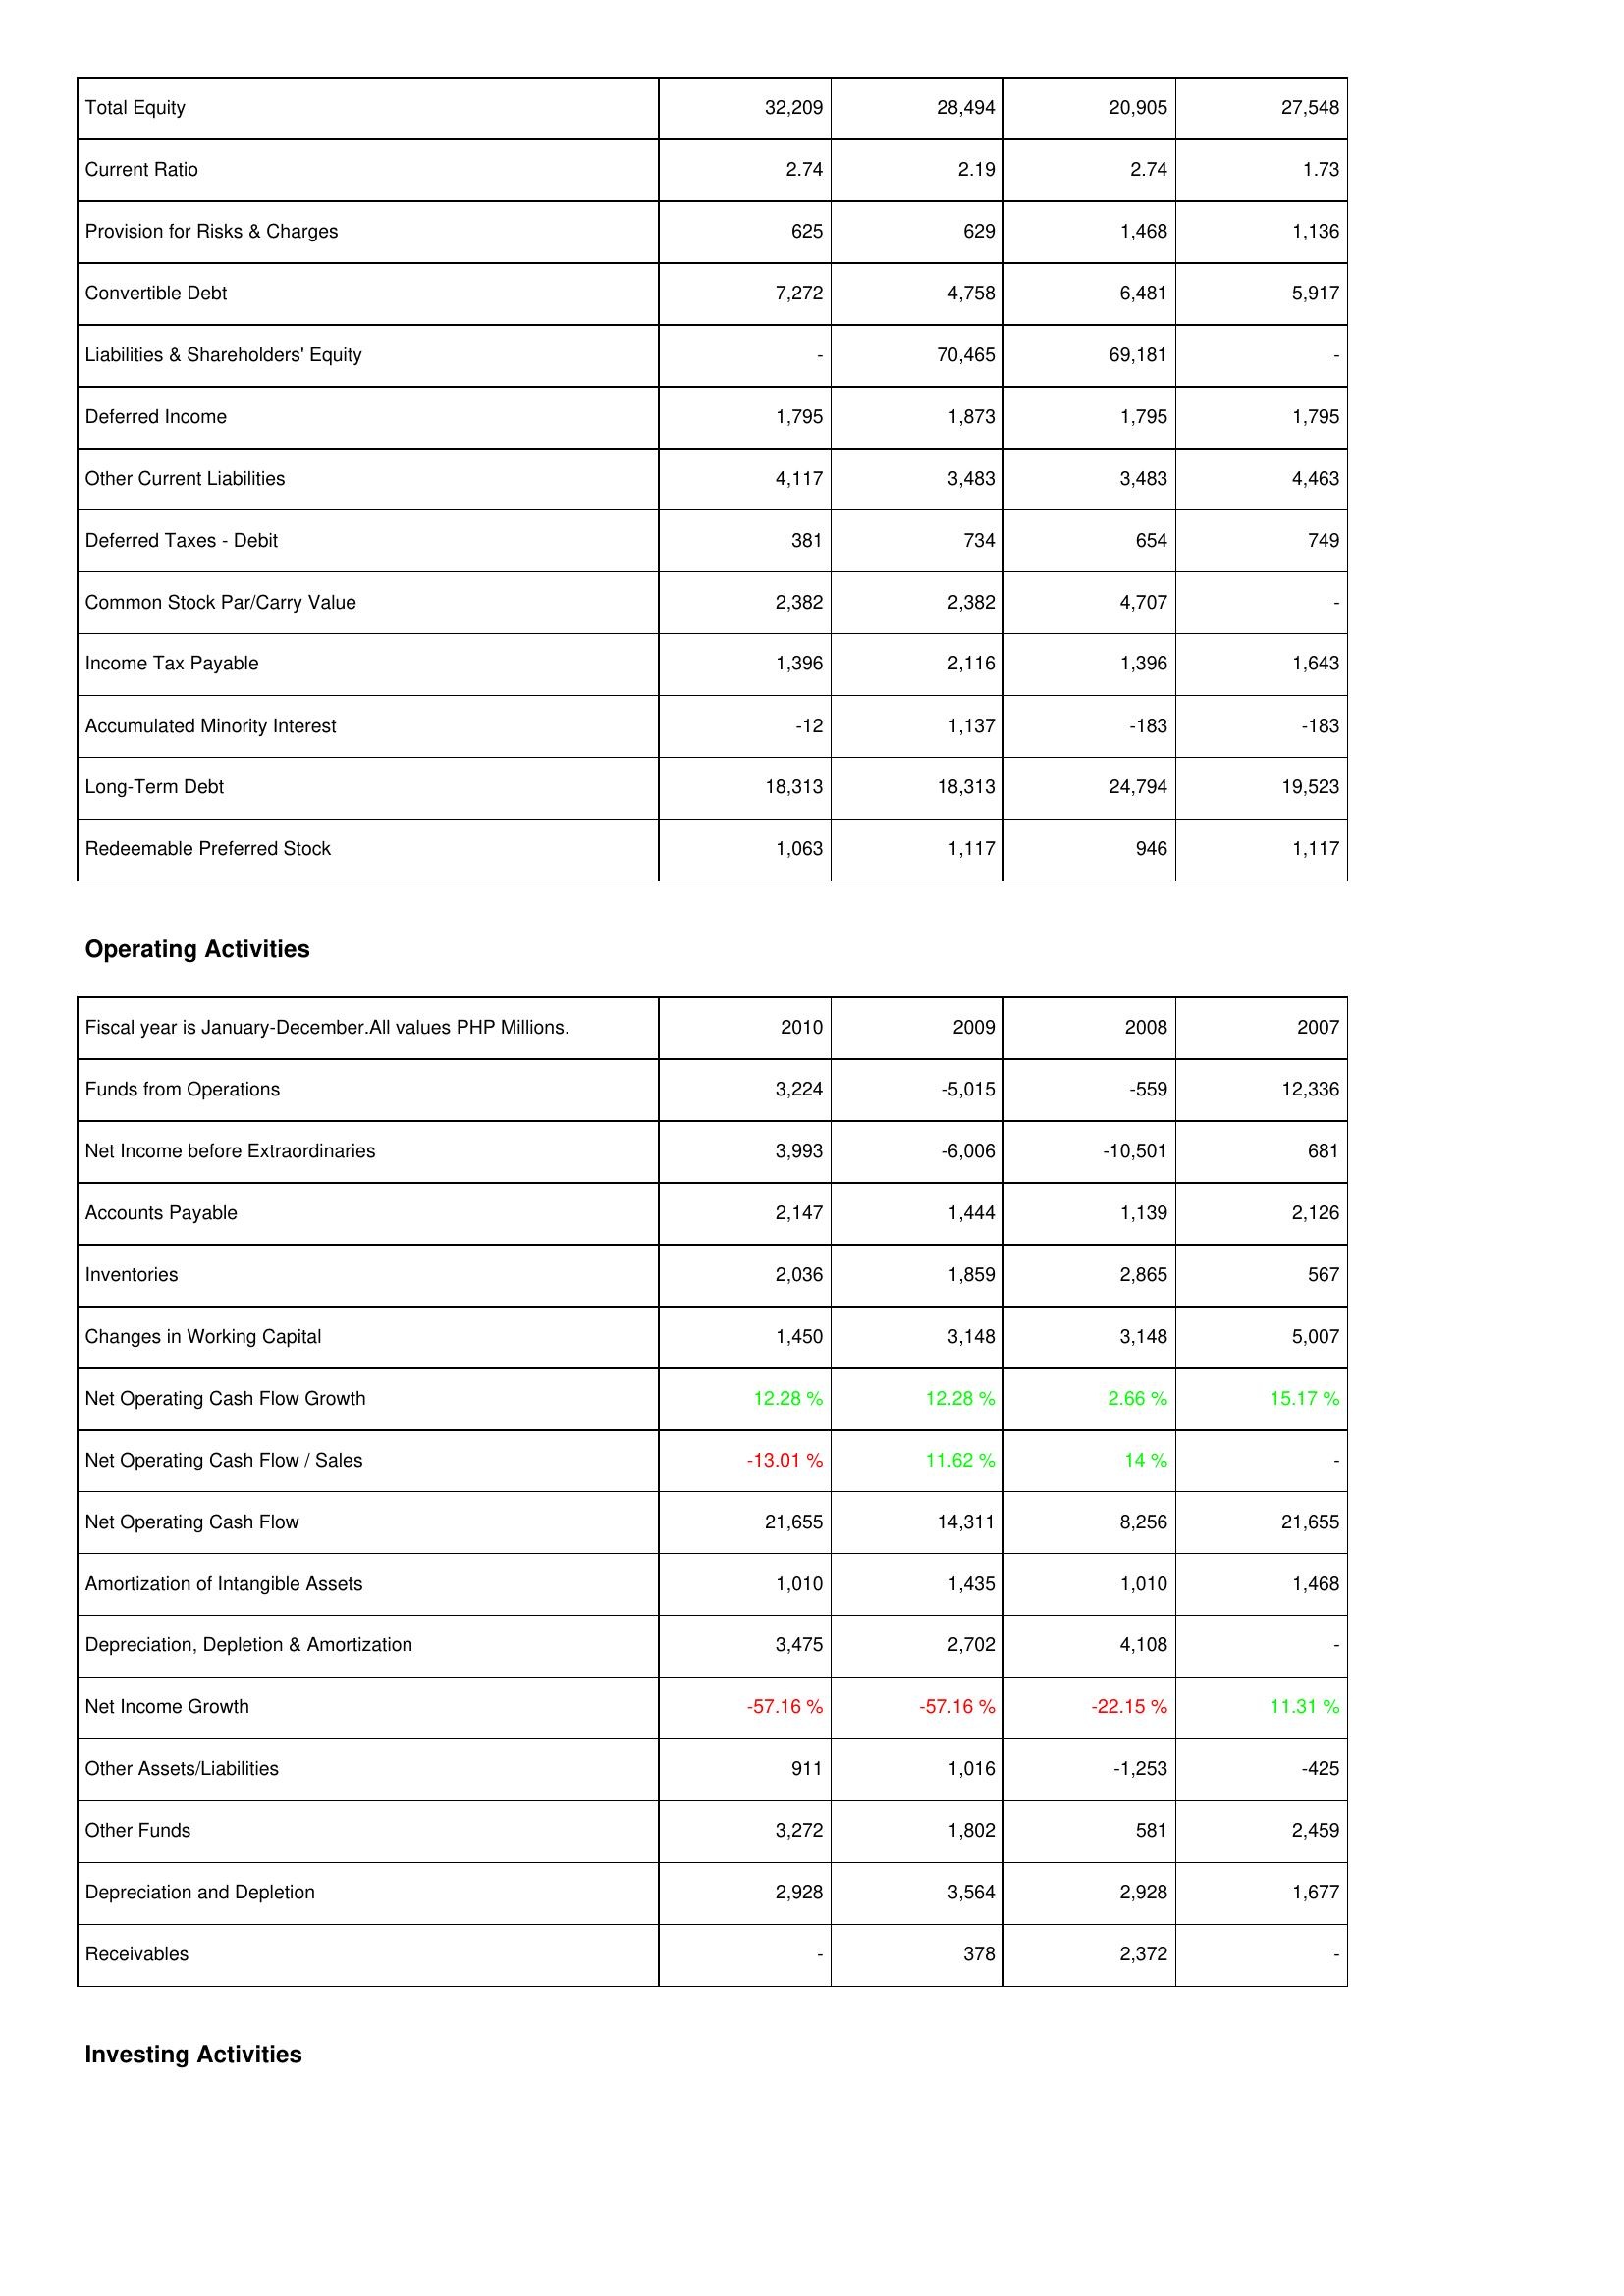
2010: Liabilities & Shareholders' Equity: Total Equity: 32,209
Current Ratio: 2.74
Provision for Risks & Charges: 625
Convertible Debt: 7,272
Liabilities & Shareholders' Equity: -
Deferred Income: 1,795
Other Current Liabilities: 4,117
Deferred Taxes - Debit: 381
Common Stock Par/Carry Value: 2,382
Income Tax Payable: 1,396
Accumulated Minority Interest: -12
Long-Term Debt: 18,313
Redeemable Preferred Stock: 1,063
Operating Activities: Funds from Operations: 3,224
Net Income before Extraordinaries: 3,993
Accounts Payable: 2,147
Inventories: 2,036
Changes in Working Capital: 1,450
Net Operating Cash Flow Growth: 12.28 %
Net Operating Cash Flow / Sales: -13.01 %
Net Operating Cash Flow: 21,655
Amortization of Intangible Assets: 1,010
Depreciation, Depletion & Amortization: 3,475
Net Income Growth: -57.16 %
Other Assets/Liabilities: 911
Other Funds: 3,272
Depreciation and Depletion: 2,928
Receivables: -
2009: Liabilities & Shareholders' Equity: Total Equity: 28,494
Current Ratio: 2.19
Provision for Risks & Charges: 629
Convertible Debt: 4,758
Liabilities & Shareholders' Equity: 70,465
Deferred Income: 1,873
Other Current Liabilities: 3,483
Deferred Taxes - Debit: 734
Common Stock Par/Carry Value: 2,382
Income Tax Payable: 2,116
Accumulated Minority Interest: 1,137
Long-Term Debt: 18,313
Redeemable Preferred Stock: 1,117
Operating Activities: Funds from Operations: -5,015
Net Income before Extraordinaries: -6,006
Accounts Payable: 1,444
Inventories: 1,859
Changes in Working Capital: 3,148
Net Operating Cash Flow Growth: 12.28 %
Net Operating Cash Flow / Sales: 11.62 %
Net Operating Cash Flow: 14,311
Amortization of Intangible Assets: 1,435
Depreciation, Depletion & Amortization: 2,702
Net Income Growth: -57.16 %
Other Assets/Liabilities: 1,016
Other Funds: 1,802
Depreciation and Depletion: 3,564
Receivables: 378
2008: Liabilities & Shareholders' Equity: Total Equity: 20,905
Current Ratio: 2.74
Provision for Risks & Charges: 1,468
Convertible Debt: 6,481
Liabilities & Shareholders' Equity: 69,181
Deferred Income: 1,795
Other Current Liabilities: 3,483
Deferred Taxes - Debit: 654
Common Stock Par/Carry Value: 4,707
Income Tax Payable: 1,396
Accumulated Minority Interest: -183
Long-Term Debt: 24,794
Redeemable Preferred Stock: 946
Operating Activities: Funds from Operations: -559
Net Income before Extraordinaries: -10,501
Accounts Payable: 1,139
Inventories: 2,865
Changes in Working Capital: 3,148
Net Operating Cash Flow Growth: 2.66 %
Net Operating Cash Flow / Sales: 14 %
Net Operating Cash Flow: 8,256
Amortization of Intangible Assets: 1,010
Depreciation, Depletion & Amortization: 4,108
Net Income Growth: -22.15 %
Other Assets/Liabilities: -1,253
Other Funds: 581
Depreciation and Depletion: 2,928
Receivables: 2,372
2007: Liabilities & Shareholders' Equity: Total Equity: 27,548
Current Ratio: 1.73
Provision for Risks & Charges: 1,136
Convertible Debt: 5,917
Liabilities & Shareholders' Equity: -
Deferred Income: 1,795
Other Current Liabilities: 4,463
Deferred Taxes - Debit: 749
Common Stock Par/Carry Value: -
Income Tax Payable: 1,643
Accumulated Minority Interest: -183
Long-Term Debt: 19,523
Redeemable Preferred Stock: 1,117
Operating Activities: Funds from Operations: 12,336
Net Income before Extraordinaries: 681
Accounts Payable: 2,126
Inventories: 567
Changes in Working Capital: 5,007
Net Operating Cash Flow Growth: 15.17 %
Net Operating Cash Flow / Sales: -
Net Operating Cash Flow: 21,655
Amortization of Intangible Assets: 1,468
Depreciation, Depletion & Amortization: -
Net Income Growth: 11.31 %
Other Assets/Liabilities: -425
Other Funds: 2,459
Depreciation and Depletion: 1,677
Receivables: -